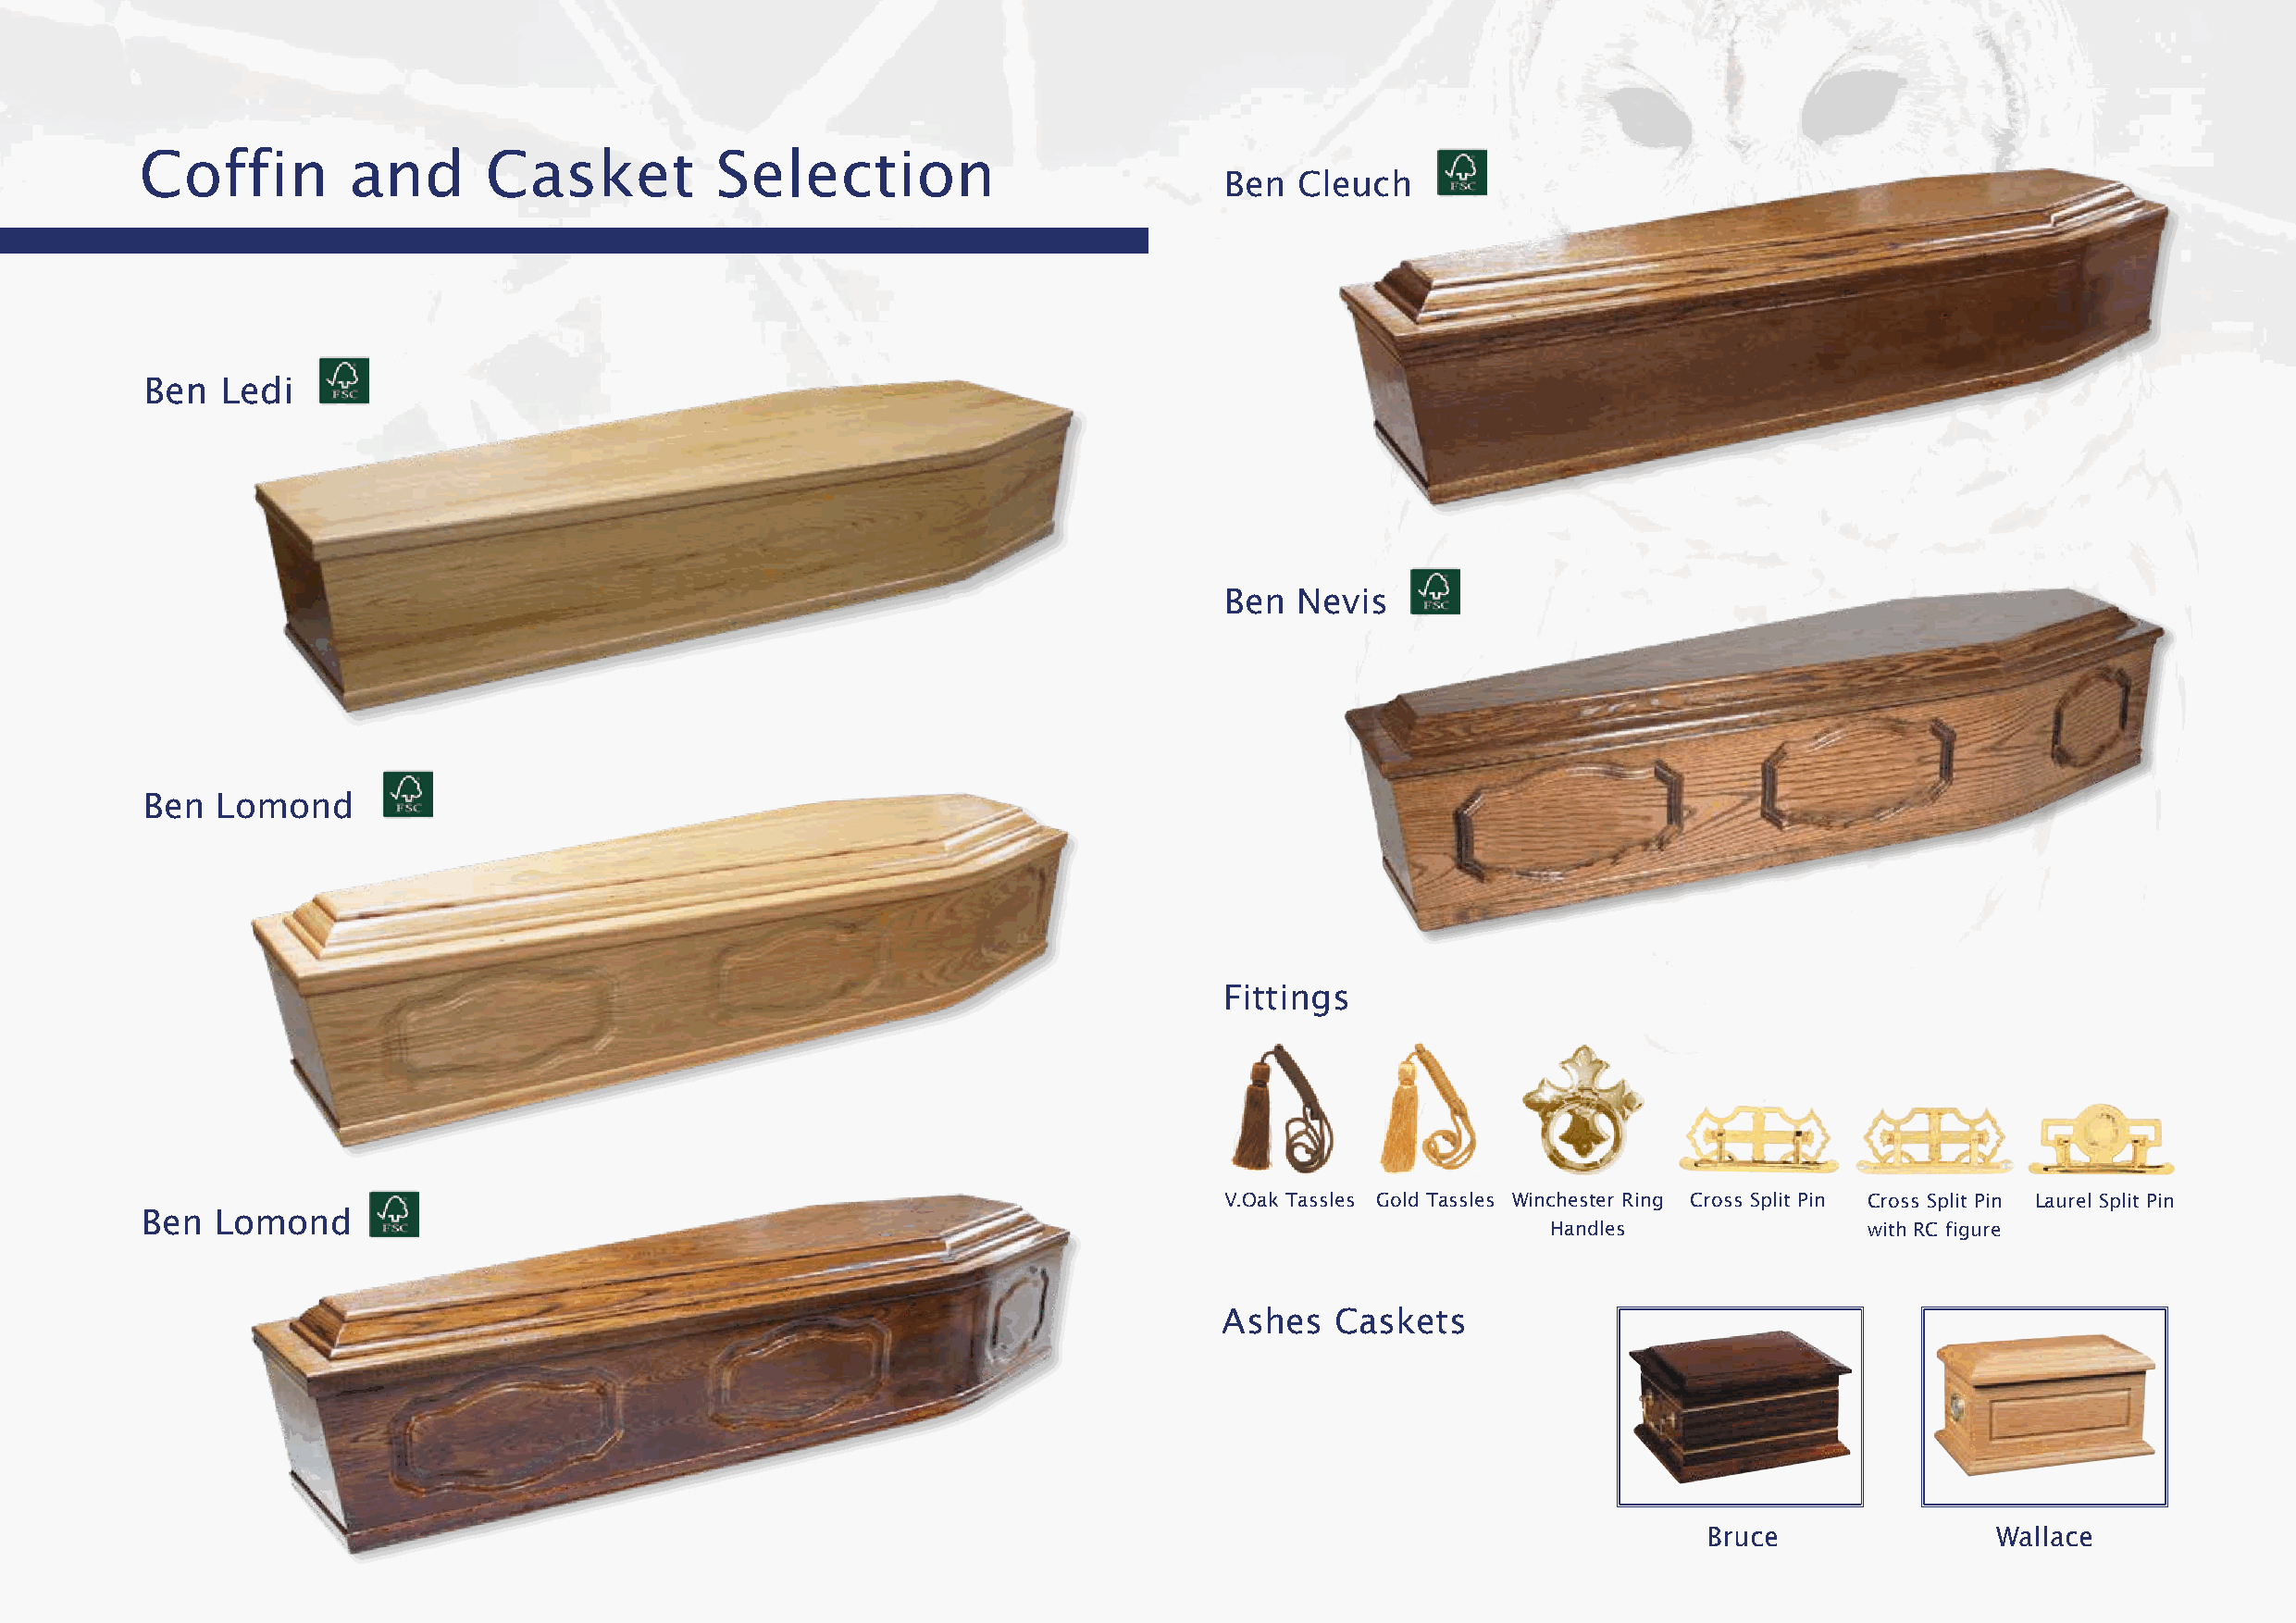
Coffin         and       Casket          Selection
 Ben  Cleuch
 Ben   Ledi
 Ben  Nevis
 Ben  Lomond
 Fittings
 V.Oak Tassles Gold Tassles Winchester Ring Cross Split Pin Cross Split Pin Laurel Split Pin
 Ben  Lomond
 Handles                with RC figure
 Ashes   Caskets
 Bruce                Wallace